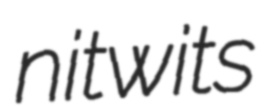
nitwits